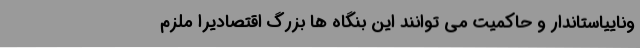
وناییاستاندار و حاکمیت می توانند این بنگاه ها بزرگ اقتصادیرا ملزم